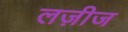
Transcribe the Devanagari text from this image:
लज़ीज